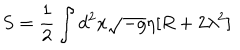
LaTeX: S = \frac 1 2 \int d ^ { 2 } x \sqrt { - g } \eta [ R + 2 \lambda ^ { 2 } ]